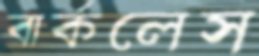
বার্কলেস